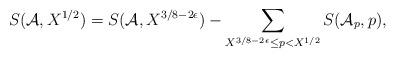
LaTeX: \begin{align*}S(\mathcal{A},X^{1/2})=S(\mathcal{A},X^{3/8-2\epsilon})-\sum_{X^{3/8-2\epsilon}\le p<X^{1/2}}S(\mathcal{A}_p,p),\end{align*}